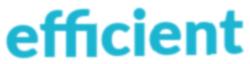
efficient